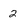
Character: 2